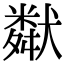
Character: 𤡩